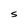
Character: S